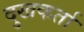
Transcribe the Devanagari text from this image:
दुखकर्ता